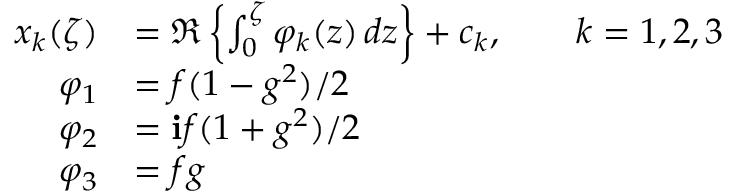
{ \begin{array} { r l } { x _ { k } ( \zeta ) } & { = \Re \left\{ \int _ { 0 } ^ { \zeta } \varphi _ { k } ( z ) \, d z \right\} + c _ { k } , \qquad k = 1 , 2 , 3 } \\ { \varphi _ { 1 } } & { = f ( 1 - g ^ { 2 } ) / 2 } \\ { \varphi _ { 2 } } & { = \mathbf { i } f ( 1 + g ^ { 2 } ) / 2 } \\ { \varphi _ { 3 } } & { = f g } \end{array} }